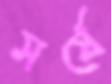
সর্ষে